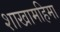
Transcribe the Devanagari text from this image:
शाखामहिमा